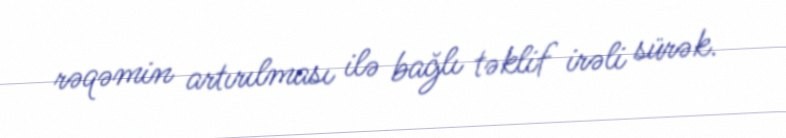
rəqəmin artırılması ilə bağlı təklif irəli sürək.